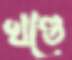
খণ্ডে